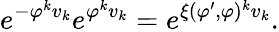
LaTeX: e^{-\varphi^{k}v_{k}}e^{\varphi^{k}v_{k}}=e^{\xi(\varphi^{\prime},\varphi)^{k}v_{k}}.